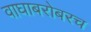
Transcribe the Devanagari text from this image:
वाघाबरोबरच